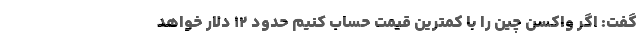
گفت: اگر واکسن چین را با کمترین قیمت حساب کنیم حدود ۱۲ دلار خواهد